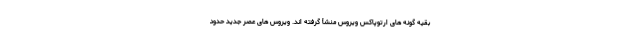
بقیه گونه های ارتوپاکس ویروس منشأ گرفته اند. ویروس های عصر جدید حدود